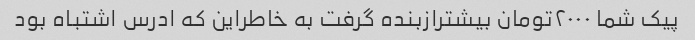
پیک شما ٢٠٠٠تومان بیشترازبنده گرفت به خاطراین که ادرس اشتباه بود